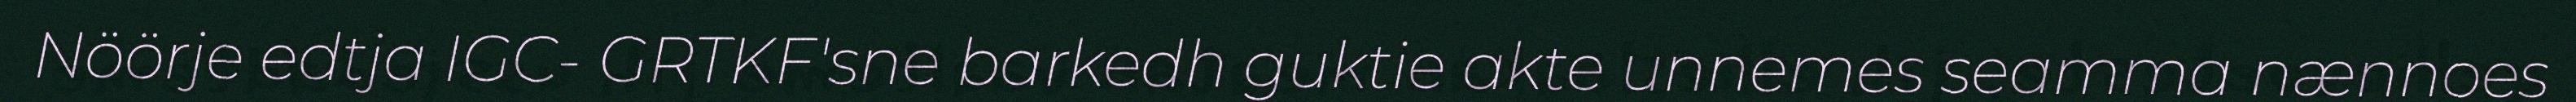
Nöörje edtja IGC- GRTKF'sne barkedh guktie akte unnemes seamma nænnoes